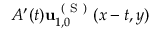
A ^ { \prime } ( t ) \mathbf { u } _ { 1 , 0 } ^ { \mathrm { ~ ( ~ S ~ ) ~ } } ( x - t , y )